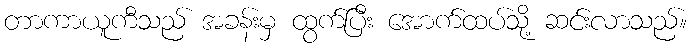
တာကာယူကီသည် အခန်းမှ ထွက်ပြီး အောက်ထပ်သို့ ဆင်းလာသည်။